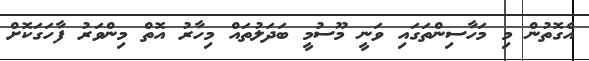
އެގޮތުން މި މަހާސިންތަގައި ވަނީ މޫސުމީ ބަދަލުތައް މިހާރު އޮތް މިންވަރު ފާހަގަކޮށް